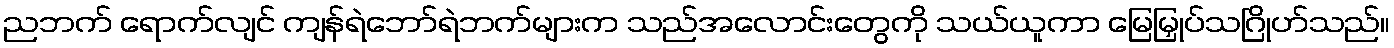
ညဘက် ရောက်လျင် ကျန်ရဲဘော်ရဲဘက်များက သည်အလောင်းတွေကို သယ်ယူကာ မြေမြှုပ်သဂြိုဟ်သည်။